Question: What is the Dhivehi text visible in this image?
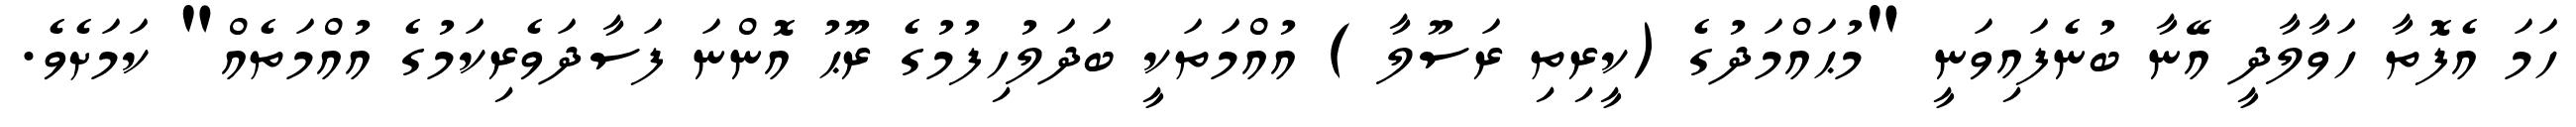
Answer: ހަމަ އެފޮތާ ހަވާލާދީ އޭނާ ބުނެފައިވަނީ "މުޙައްމަދުގެ (ކީރިތި ރަސޫލާ ) އުއްމަތަކީ ބަދަލުހިފުމުގެ ރޫޙު އޮންނަ ފަސާދަވެރިކަމުގެ އުއްމަތެއް" ކަމަށެވެ.